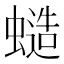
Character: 䗢